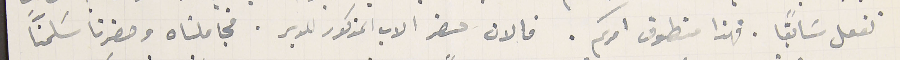
نفعل سَابقاً. فهذا منطوق امركم. فالان حضر الاب المذكور للدير. فجاملناه وحضرنا سَلمنَّا